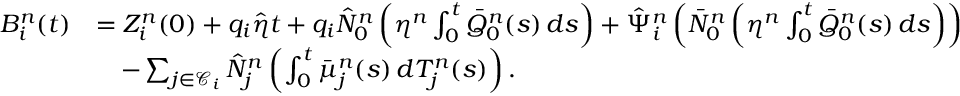
\begin{array} { r l } { B _ { i } ^ { n } ( t ) } & { = Z _ { i } ^ { n } ( 0 ) + q _ { i } \hat { \eta } t + q _ { i } \hat { N } _ { 0 } ^ { n } \left( \eta ^ { n } \int _ { 0 } ^ { t } \bar { Q } _ { 0 } ^ { n } ( s ) \, d s \right) + \hat { \Psi } _ { i } ^ { n } \left( \bar { N } _ { 0 } ^ { n } \left( \eta ^ { n } \int _ { 0 } ^ { t } \bar { Q } _ { 0 } ^ { n } ( s ) \, d s \right) \right) } \\ & { \quad - \sum _ { j \in \mathcal { C } _ { i } } \hat { N } _ { j } ^ { n } \left( \int _ { 0 } ^ { t } \bar { \mu } _ { j } ^ { n } ( s ) \, d T _ { j } ^ { n } ( s ) \right) . } \end{array}